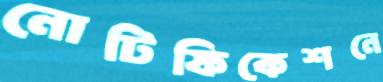
নোটিফিকেশনে